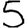
Digit: 5